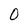
Character: 0